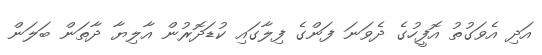
އަދި އެވަގުތު އޮފީހުގެ ދެވަނަ ފަންގެ ފިލާގައި ކުޑަދޮރުން އާލިޔާ ދާތަން ބަލަން